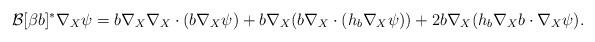
LaTeX: \begin{align*} \mathcal{B}[\beta b]^*\nabla_X\psi = b \nabla_X \nabla_X\cdot(b\nabla_X\psi) + b \nabla_X(b \nabla_X\cdot(h_b\nabla_X\psi)) + 2b\nabla_X(h_b\nabla_X b\cdot\nabla_X\psi). \end{align*}